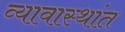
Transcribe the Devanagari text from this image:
व्यावास्थांत